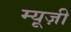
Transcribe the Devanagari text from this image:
म्यू़ज़ी